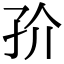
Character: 㜾